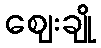
ဈေးချို